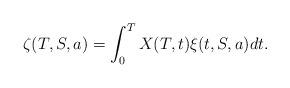
LaTeX: \begin{align*}\zeta(T,S,a) = \int_0^T X(T,t) \xi(t,S,a) dt.\end{align*}